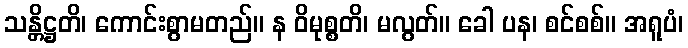
သန္တိဋ္ဌတိ၊ ကောင်းစွာမတည်။ န ဝိမုစ္စတိ၊ မလွတ်။ ခေါ ပန၊ စင်စစ်။ အရူပံ၊